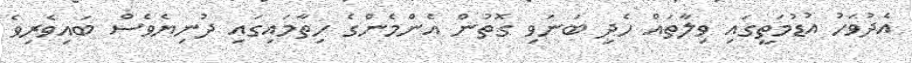
އެދުވަހު އުޑުމަތީގައި ވިލާތައް ހެދި ބަނަވި ގޮތުން އެންމެންގެ ހިތާމައިގައި ދުނިޔެވެސް ބައިވެރިވެ